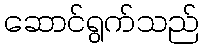
ဆောင်ရွက်သည်